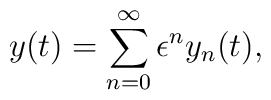
y(t) = \sum_{n=0}^{\infty} \epsilon^n y_n(t),